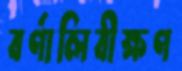
বর্ণালিবীক্ষণ